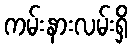
ကမ်းနားလမ်းရှိ